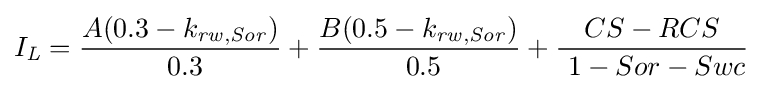
I_{\mathit {L}}={\frac {A(0.3-k_{\mathit {rw,Sor}})}{\ 0.3}}+{\frac {B(0.5-k_{\mathit {rw,Sor}})}{\ 0.5}}+{\frac {CS-RCS}{\ 1-Sor-Swc}}